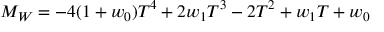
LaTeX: { \cal M } _ { W } = - 4 ( 1 + w _ { 0 } ) T ^ { 4 } + 2 w _ { 1 } T ^ { 3 } - 2 T ^ { 2 } + w _ { 1 } T + w _ { 0 }